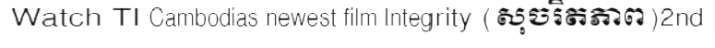
Watch TI Cambodias newest film Integrity (សុចរិតភាព)2nd